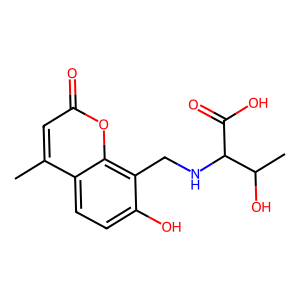
SMILES: Cc1cc(=O)oc2c(CNC(C(=O)O)C(C)O)c(O)ccc12
Inhibits HIV replication: No